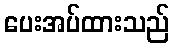
ပေးအပ်ထားသည်